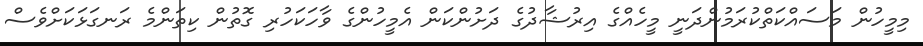
މިމީހުން މަސައްކަތްކުރަމުންދަނީ މީހެއްގެ އިރުޝާދުގެ ދަށުންކަން އެމީހުންގެ ވާހަކަހުރި ގޮތުން ކިތަންމެ ރަނގަޅަކަށްވެސް